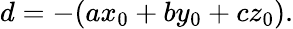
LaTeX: d=-(ax_{0}+by_{0}+cz_{0}).